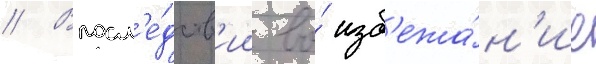
// Впосл'е́дств'ии во́ изб'ежа́н'ие